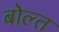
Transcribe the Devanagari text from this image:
बोल्त